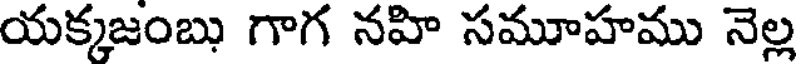
యక్కజంబు గాగ నహి సమూహము నెల్ల